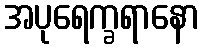
အပုရေက္ခရာနော